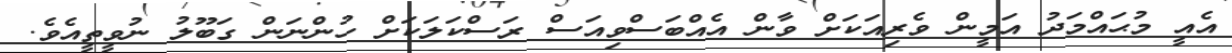
އެއީ މުޙައްމަދު އަމީން ވެރިއަކަށް ވާން އެއްބަސްވިއަސް ރަސްކަލަކަށް ހުންނަން ގަބޫލު ނުވީތީއެވެ.